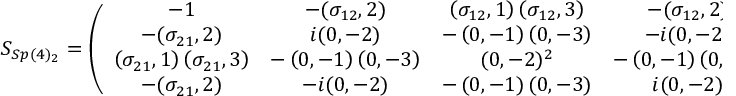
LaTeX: S _ { S p ( 4 ) _ { 2 } } = \left( \begin{array} { c c c c } { { - 1 } } & { { - ( \sigma _ { 1 2 } , 2 ) } } & { { \left( \sigma _ { 1 2 } , 1 \right) \left( \sigma _ { 1 2 } , 3 \right) } } & { { - ( \sigma _ { 1 2 } , 2 ) } } \\ { { - ( \sigma _ { 2 1 } , 2 ) } } & { { i ( 0 , - 2 ) } } & { { - \left( 0 , - 1 \right) \left( 0 , - 3 \right) } } & { { - i ( 0 , - 2 ) } } \\ { { \left( \sigma _ { 2 1 } , 1 \right) \left( \sigma _ { 2 1 } , 3 \right) } } & { { - \left( 0 , - 1 \right) \left( 0 , - 3 \right) } } & { { ( 0 , - 2 ) ^ { 2 } } } & { { - \left( 0 , - 1 \right) \left( 0 , - 3 \right) } } \\ { { - ( \sigma _ { 2 1 } , 2 ) } } & { { - i ( 0 , - 2 ) } } & { { - \left( 0 , - 1 \right) \left( 0 , - 3 \right) } } & { { i ( 0 , - 2 ) } } \end{array} \right) \, ,